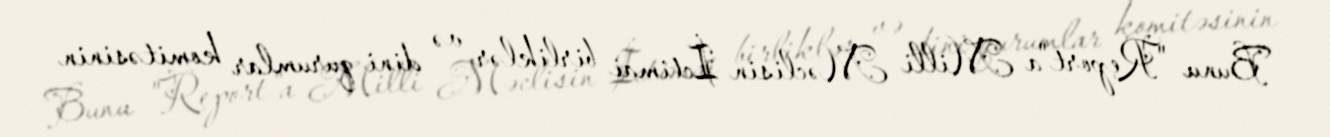
Bunu "Report"a Milli Məclisin İctimai birliklər və dini qurumlar komitəsinin